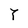
Character: T